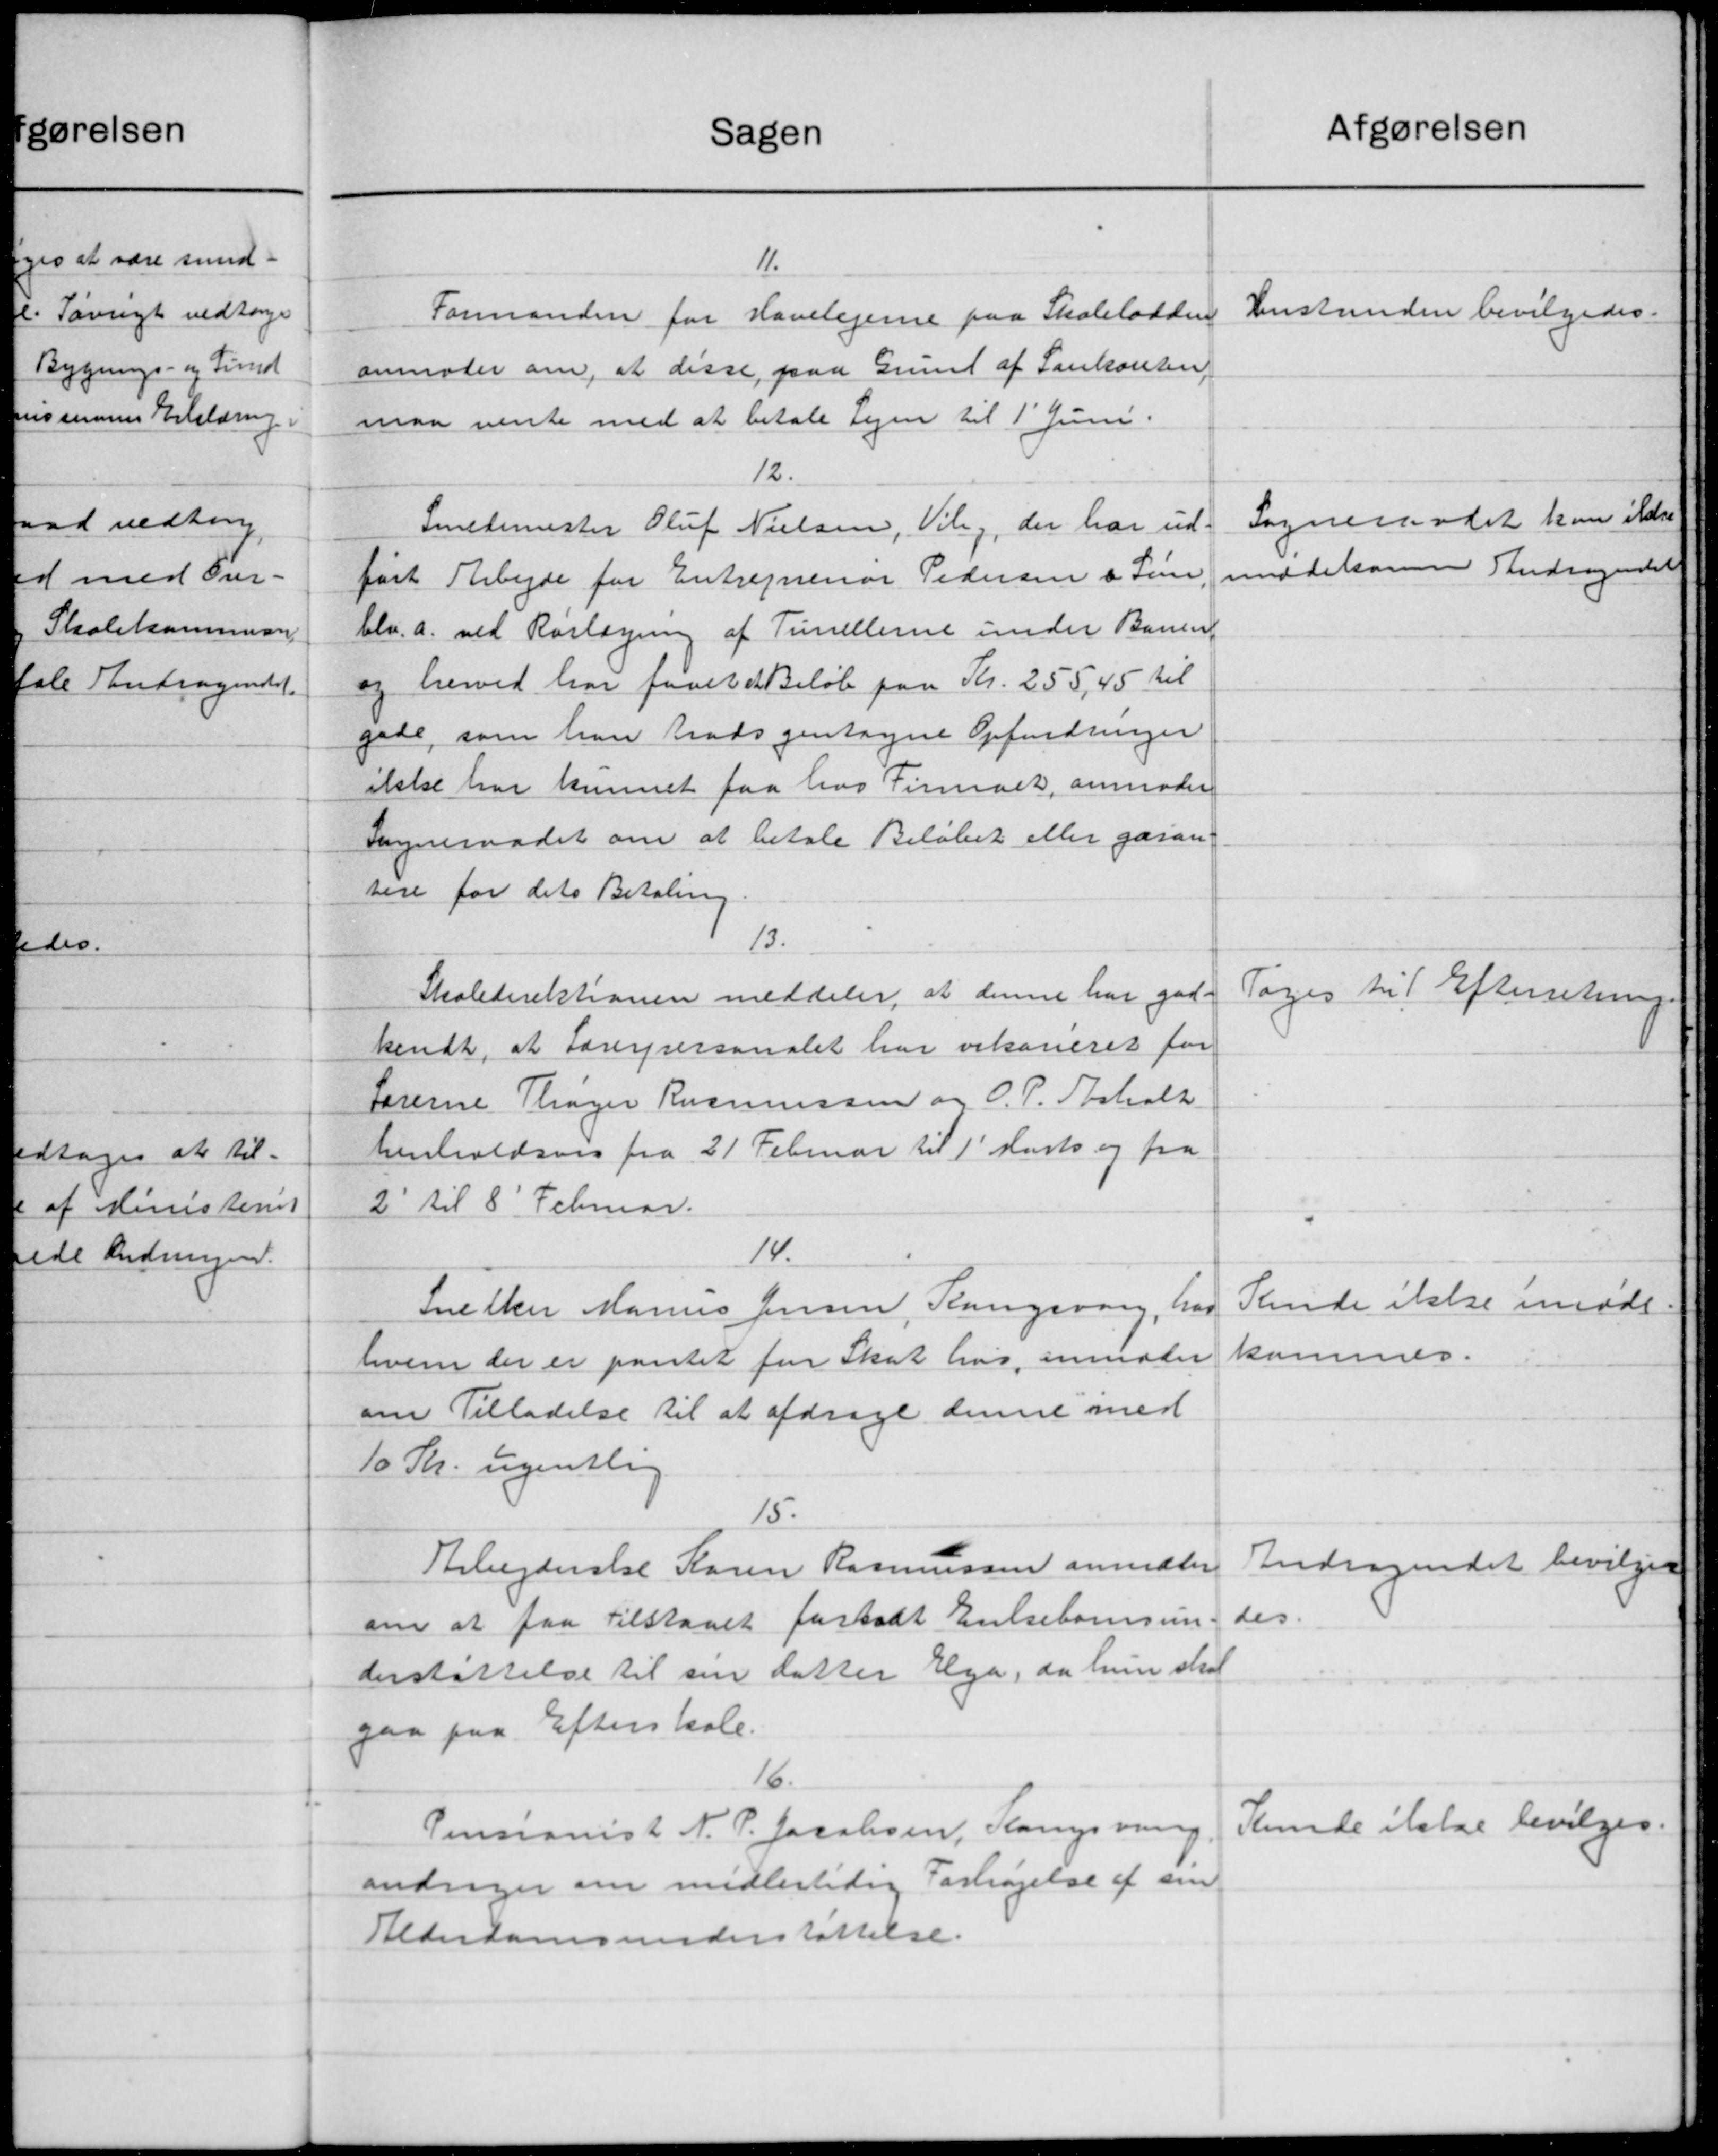
Transskription:
Sagen
11.
Formanden for Havelejerne paa Skolelodden
anmoder om, at disse paa Grund af Sankanten
maa vente med at betale Lejen til 1' Juni.
12.
Smetimester Oluf Nielsen, Vilg, der har ud-
ført Arbejde for Entreprenør Pedersen & Sim
blv. a. ved Rørlægning af Timellerne under Banen
og herved har faaet et Beløb paa Kr. 255,45 til
gade, som han trods gentagne Opfordringer
ikke har kunnet faa hos Firmalt, anmoder
Sogneraadet om at betale Beløbet eller garan-
tere for dets Betaling.
13.
Skoledirektionen meddeler, at denne har god-
kendt, at Lærerpersonalet har vikaneret for
førerne Thager Rasmussen og O. P. Tholt
henholdsvis fra 21 Februar til 1' Marts og fra
2 til 8' Februar.
14.
Snedker Marius Jensen, Rangsvang, har
hvem der er pantet fra Skat hos anmoder
om Tilladelse til at afdrage denne med
10 Skr. ugentlig
15.
Arbejderske Karen Rasmussen anmoder
om at faa Tilstaaet forstadt Enkebørnsun
derstøttelse til sin datter Ega, da hun skal
gaa paa Efterskole.
16.
Pensianist N. P. Jacobsen, Kanysning
andrager om midlertidig Forhøjelse af sin
Alderdomsunderstøttelse.